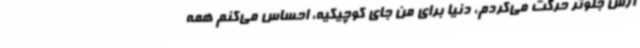
ازش جلوتر حرکت می‌کردم، دنیا برای من جای کوچیکیه، احساس می‌کنم همه